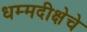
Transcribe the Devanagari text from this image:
धम्मदीक्षेचे